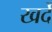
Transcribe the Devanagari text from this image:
खर्दे